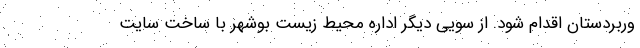
وربردستان اقدام شود. از سویی دیگر اداره محیط زیست بوشهر با ساخت سایت